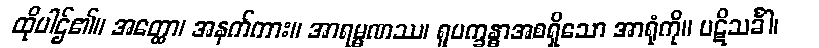
ထိုပါဌ်၏။ အတ္ထော၊ အနက်ကား။ အာရမ္မဏဿ၊ ရူပက္ခန္ဓာအစရှိသော အာရုံကို။ ပဋိသင်္ခါ၊